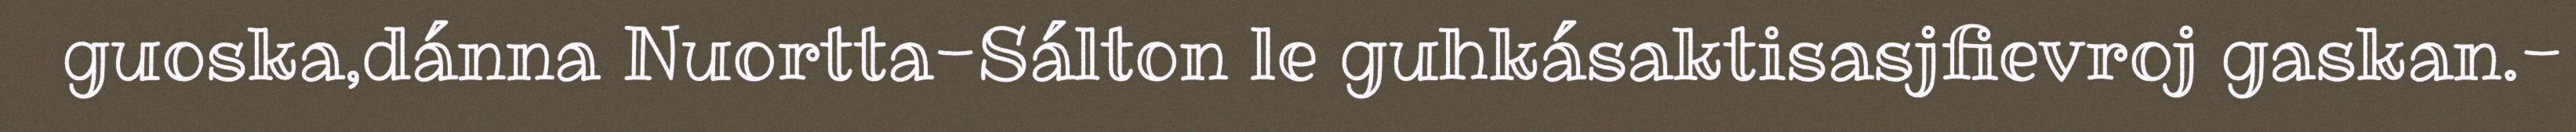
guoska,dánna Nuortta-Sálton le guhkásaktisasjfievroj gaskan.-